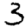
Digit: 3